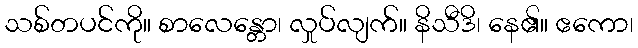
သစ်တပင်ကို။ စာလေန္တော၊ လှုပ်လျက်။ နိသီဒိ၊ နေ၏။ ဧကော၊